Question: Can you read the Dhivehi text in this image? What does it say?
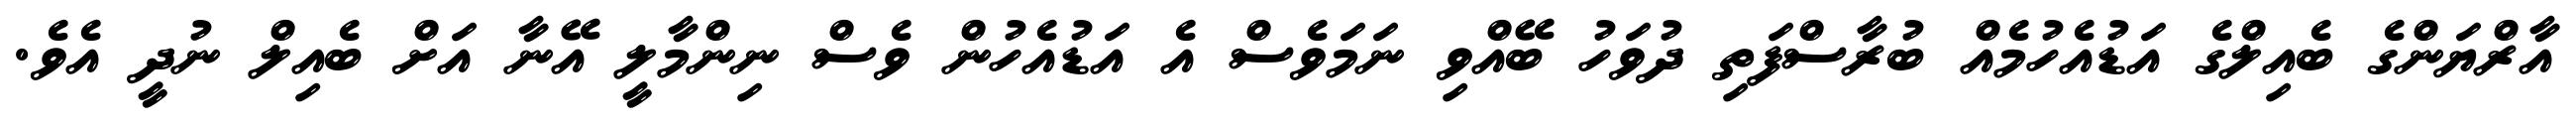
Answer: އާރްޔަންގެ ބެއިލްގެ އަޑުއެހުމެއް ބުރާސްފަތި ދުވަހު ބޭއްވި ނަމަވެސް އެ އަޑުއެހުން ވެސް ނިންމާލީ އޭނާ އަށް ބެއިލް ނުދީ އެވެ.